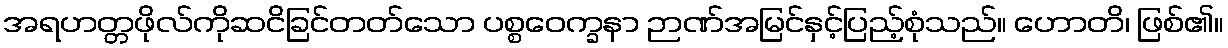
အရဟတ္တဖိုလ်ကိုဆငိခြင်တတ်သော ပစ္စဝေက္ခနာ ဉာဏ်အမြင်နှင့်ပြည့်စုံသည်။ ဟောတိ၊ ဖြစ်၏။